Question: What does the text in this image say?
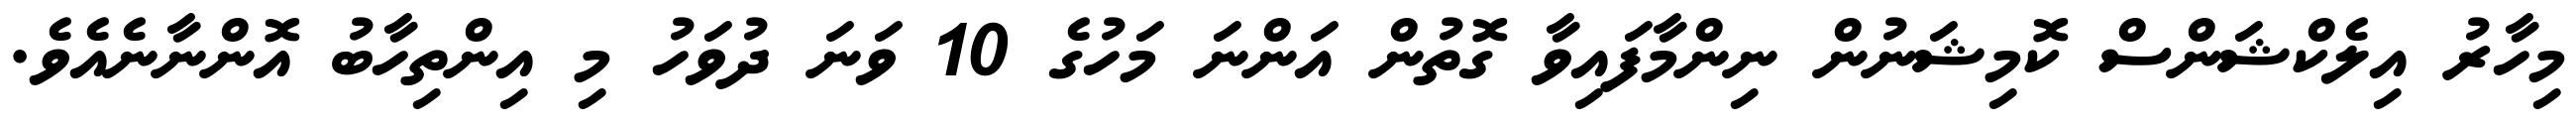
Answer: މިހާރު އިލެކްޝަންސް ކޮމިޝަނުން ނިންމާފައިވާ ގޮތުން އަންނަ މަހުގެ 10 ވަނަ ދުވަހު މި އިންތިހާބު އޮންނާނެއެވެ.